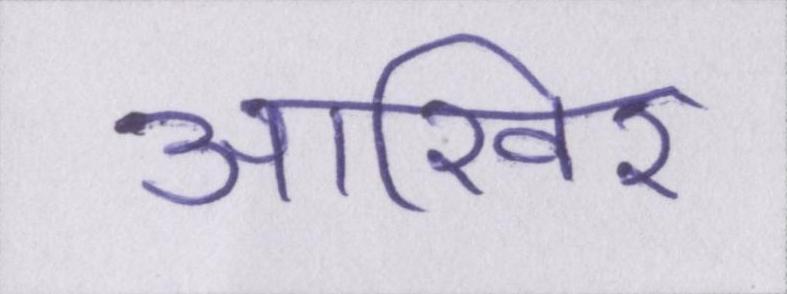
आख़िर